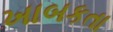
ખાબકતા